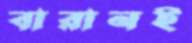
বারানই